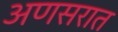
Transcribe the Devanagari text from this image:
अणसरात